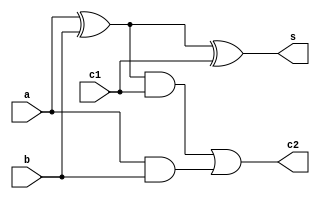
module fulladder(input a,input b,input c1,output s,output c2);

xor(w,a,b);
and(x,a,b);

xor(s,w,c1);
and(z,w,c1);
or(c2,z,x);
endmodule